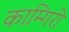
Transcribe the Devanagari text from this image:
काम्गिरी